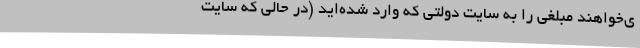
ی‌خواهند مبلغی را به سایت دولتی که وارد شده‌اید (در حالی که سایت